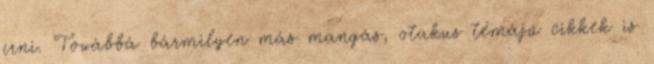
írni. Továbbá bármilyen más mangás, otakus témájú cikkek is